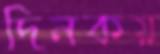
দিনকয়